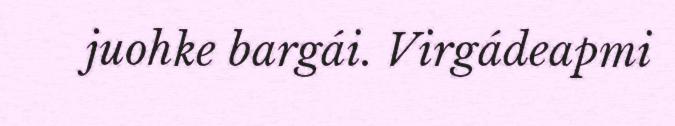
juohke bargái. Virgádeapmi